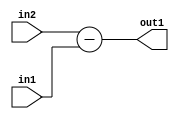
`timescale 1ps / 1ps
/*****************************************************************************
    Verilog RTL Description
    
    
    Created by: Stratus DpOpt 2019.1.01 
*******************************************************************************/

module st_feature_addr_gen_Sub_16Ux8U_16S_4 (
	in2,
	in1,
	out1
	); /* architecture "behavioural" */ 
input [15:0] in2;
input [7:0] in1;
output [15:0] out1;
wire [15:0] asc001;

assign asc001 = 
	+(in2)
	-(in1);

assign out1 = asc001;
endmodule

/* CADENCE  ubL1Qgs= : u9/ySgnWtBlWxVPRXgAZ4Og= ** DO NOT EDIT THIS LINE ******/